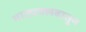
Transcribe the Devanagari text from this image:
नाट्यक्लबातून